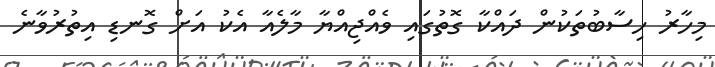
މިހާރު ހިސާބުތަކުން ދައްކާ ގޮތުގައި ވެއްޖިއްޔާ މާލެއާ އެކު އަށް ގޮނޑި އިތުރުވާނެ